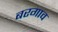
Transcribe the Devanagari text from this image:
बरगाव